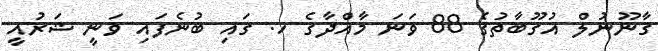
ގާނޫނުލް އުގޫބާތުގެ 88 ވަނަ މާއްދާގެ ހ. ގައި ބުނެފައި ވަނީ ޝަރުއީ